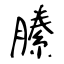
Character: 縢